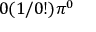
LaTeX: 0 ( 1 / 0 ! ) \pi ^ { 0 }